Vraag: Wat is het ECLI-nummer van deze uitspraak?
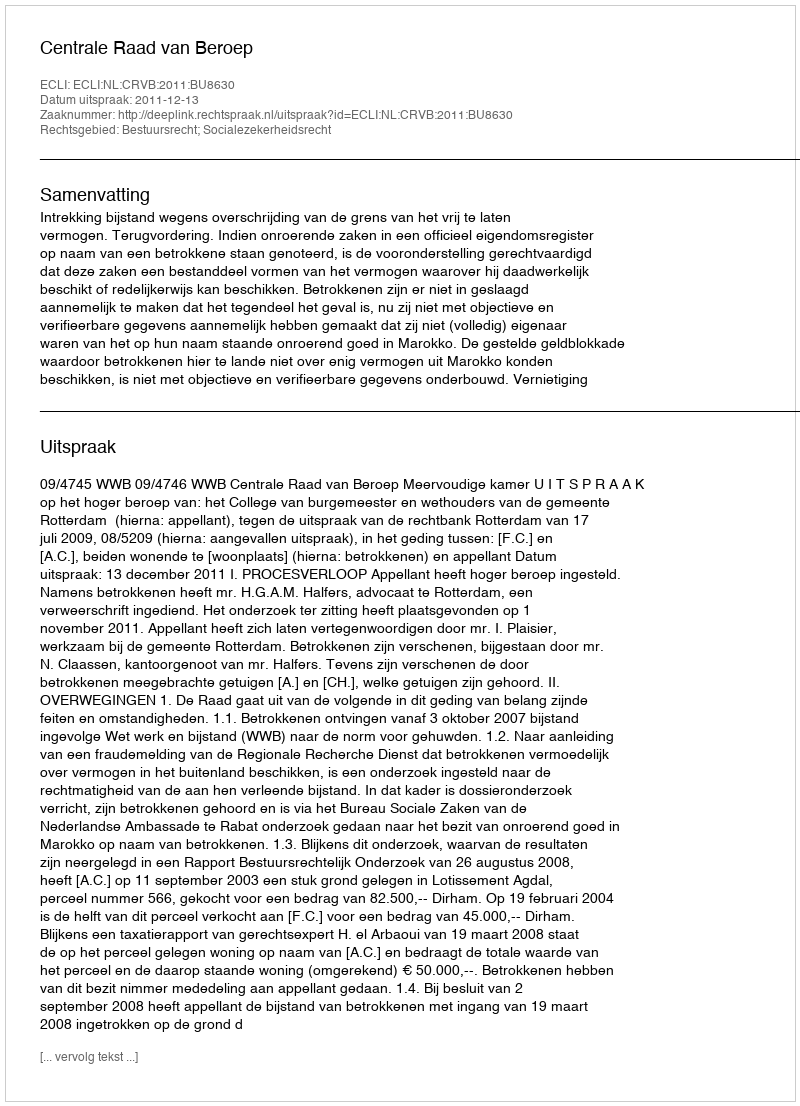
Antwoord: ECLI:NL:CRVB:2011:BU8630